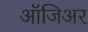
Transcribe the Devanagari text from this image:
ऑजिअर